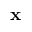
\mathbf { x }